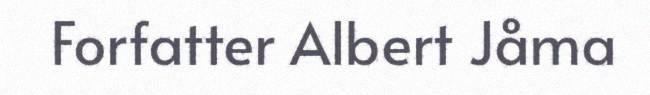
Forfatter Albert Jåma